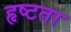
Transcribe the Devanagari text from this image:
हृष्टता